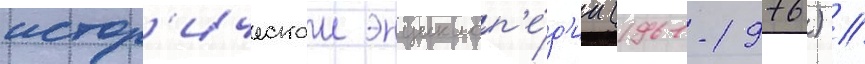
истор'ическои энциклоп'е́д'ии (1961-1976) //